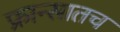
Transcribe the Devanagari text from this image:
फ्रान्सातच